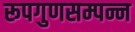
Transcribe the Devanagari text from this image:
रूपगुणसम्पन्न